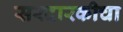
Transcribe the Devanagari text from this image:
सरदारकीचा